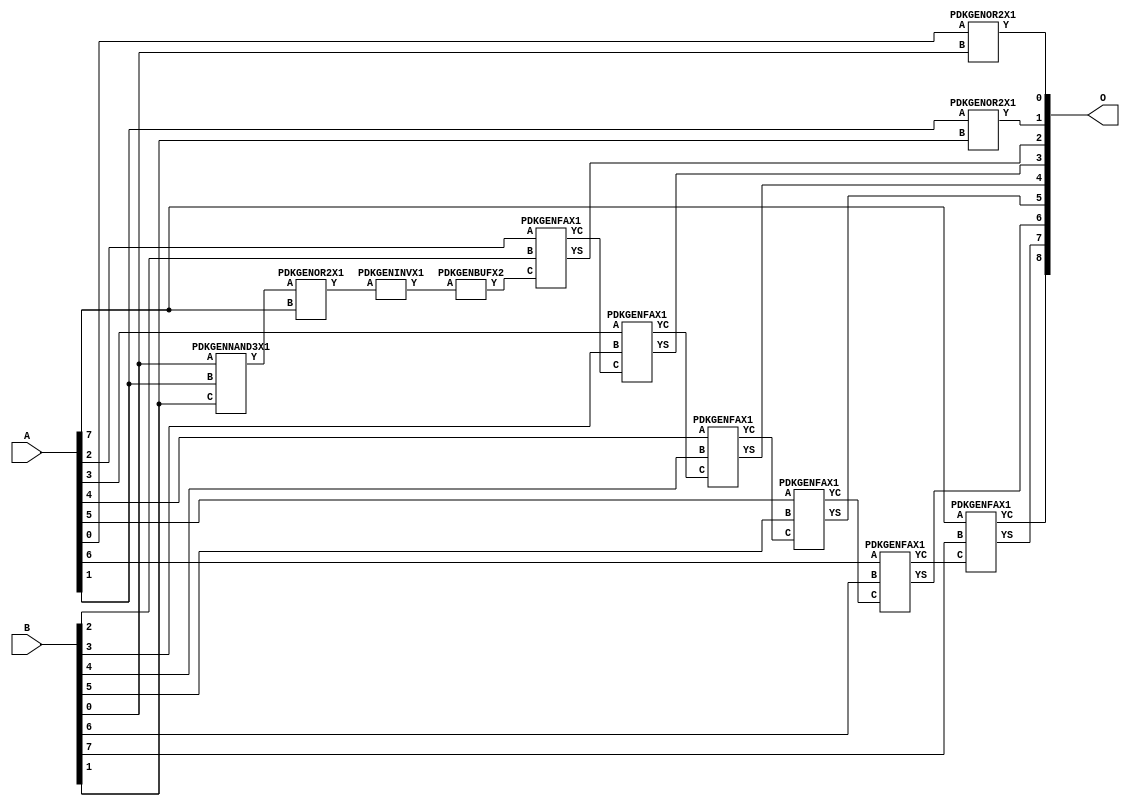
// Library = EvoApprox8b
// Circuit = add8_046
// Area   (180) = 892
// Delay  (180) = 1.640
// Power  (180) = 278.30
// Area   (45) = 67
// Delay  (45) = 0.630
// Power  (45) = 27.13
// Nodes = 12
// HD = 81600
// MAE = 0.68750
// MSE = 1.25000
// MRE = 0.36 %
// WCE = 3
// WCRE = 50 %
// EP = 43.8 %

module add8_046(A, B, O);
  input [7:0] A;
  input [7:0] B;
  output [8:0] O;
  wire [2031:0] N;

  assign N[0] = A[0];
  assign N[1] = A[0];
  assign N[2] = A[1];
  assign N[3] = A[1];
  assign N[4] = A[2];
  assign N[5] = A[2];
  assign N[6] = A[3];
  assign N[7] = A[3];
  assign N[8] = A[4];
  assign N[9] = A[4];
  assign N[10] = A[5];
  assign N[11] = A[5];
  assign N[12] = A[6];
  assign N[13] = A[6];
  assign N[14] = A[7];
  assign N[15] = A[7];
  assign N[16] = B[0];
  assign N[17] = B[0];
  assign N[18] = B[1];
  assign N[19] = B[1];
  assign N[20] = B[2];
  assign N[21] = B[2];
  assign N[22] = B[3];
  assign N[23] = B[3];
  assign N[24] = B[4];
  assign N[25] = B[4];
  assign N[26] = B[5];
  assign N[27] = B[5];
  assign N[28] = B[6];
  assign N[29] = B[6];
  assign N[30] = B[7];
  assign N[31] = B[7];

  PDKGENOR2X1 n32(.A(N[0]), .B(N[16]), .Y(N[32]));
  PDKGENNAND3X1 n62(.A(N[16]), .B(N[2]), .C(N[18]), .Y(N[62]));
  assign N[63] = N[62];
  PDKGENOR2X1 n82(.A(N[2]), .B(N[18]), .Y(N[82]));
  assign N[83] = N[82];
  PDKGENOR2X1 n104(.A(N[63]), .B(N[14]), .Y(N[104]));
  PDKGENINVX1 n126(.A(N[104]), .Y(N[126]));
  PDKGENBUFX2 n130(.A(N[126]), .Y(N[130]));
  assign N[131] = N[130];
  PDKGENFAX1 n132(.A(N[4]), .B(N[20]), .C(N[131]), .YS(N[132]), .YC(N[133]));
  PDKGENFAX1 n182(.A(N[6]), .B(N[22]), .C(N[133]), .YS(N[182]), .YC(N[183]));
  PDKGENFAX1 n232(.A(N[8]), .B(N[24]), .C(N[183]), .YS(N[232]), .YC(N[233]));
  PDKGENFAX1 n282(.A(N[10]), .B(N[26]), .C(N[233]), .YS(N[282]), .YC(N[283]));
  PDKGENFAX1 n332(.A(N[12]), .B(N[28]), .C(N[283]), .YS(N[332]), .YC(N[333]));
  PDKGENFAX1 n382(.A(N[14]), .B(N[30]), .C(N[333]), .YS(N[382]), .YC(N[383]));

  assign O[0] = N[32];
  assign O[1] = N[83];
  assign O[2] = N[132];
  assign O[3] = N[182];
  assign O[4] = N[232];
  assign O[5] = N[282];
  assign O[6] = N[332];
  assign O[7] = N[382];
  assign O[8] = N[383];

endmodule
/* mod */
module PDKGENFAX1( input A, input B, input C, output YS, output YC );
    assign YS = (A ^ B) ^ C;
    assign YC = (A & B) | (B & C) | (A & C);
endmodule
/* mod */
module PDKGENOR2X1(input A, input B, output Y );
     assign Y = A | B;
endmodule
/* mod */
module PDKGENINVX1(input A, output Y );
     assign Y = ~A;
endmodule
/* mod */
module PDKGENNAND3X1(input A, input B, input C, output Y );
     assign Y = ~((A & B) & C);
endmodule
/* mod */
module PDKGENBUFX2(input A, output Y );
     assign Y = A;
endmodule